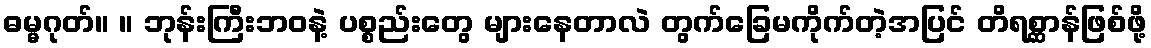
ဓမ္မဂုတ်။ ။ ဘုန်းကြီးဘဝနဲ့ ပစ္စည်းတွေ များနေတာလဲ တွက်ခြေမကိုက်တဲ့အပြင် တိရစ္ဆာန်ဖြစ်ဖို့